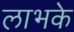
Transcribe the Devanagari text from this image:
लाभके